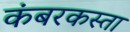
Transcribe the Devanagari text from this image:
कंबरकस्ता